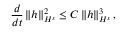
\frac { d } { d t } \left\| h \right\| _ { H ^ { s } } ^ { 2 } \leq C \left\| h \right\| _ { H ^ { s } } ^ { 3 } ,